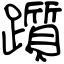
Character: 躓